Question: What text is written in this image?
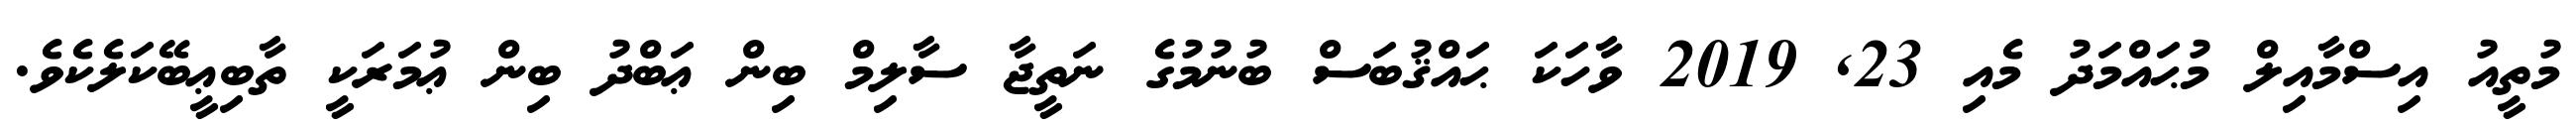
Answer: މުތީއު އިސްމާއިލް މުޙައްމަދު މެއި 23, 2019 ވާހަކަ ޙައްޤުބަސް ބުނުމުގެ ނަތީޖާ ސާލިމް ބިން ޢަބްދު ބިން ޢުމަރަކީ ތާބިޢީބޭކަލެކެވެ.